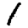
Digit: 1